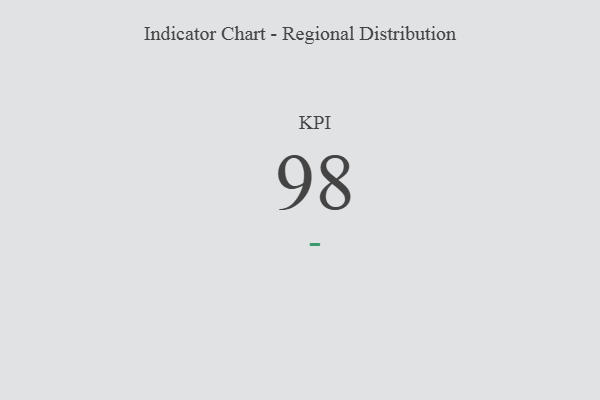
{"axis": {"x": "KPI", "y": "Value"}, "legend": [""], "data": [{"x": "KPI", "y": 98, "type": ""}]}